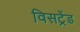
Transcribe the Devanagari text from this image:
विसट्रेंड